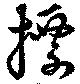
摽